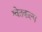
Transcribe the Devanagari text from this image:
श्वेतकल्प